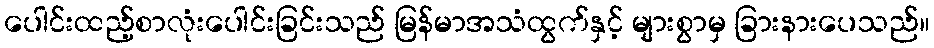
ပေါင်းထည့်စာလုံးပေါင်းခြင်းသည် မြန်မာအသံထွက်နှင့် များစွာမှ ခြားနားပေသည်။